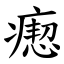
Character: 瘛